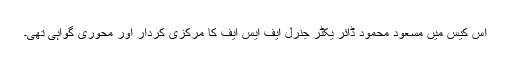
اس کیس میں مسعود محمود ڈائر یکٹر جنرل ایف ایس ایف کا مرکزی کردار اور محوری گواہی تھی۔